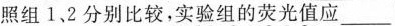
照组1、2分别比较，实验组的荧光值应___